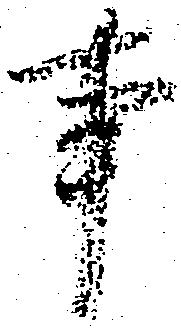
事